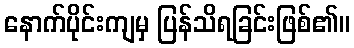
နောက်ပိုင်းကျမှ ပြန်သိရခြင်းဖြစ်၏။